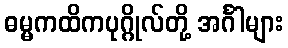
ဓမ္မကထိကပုဂ္ဂိုလ်တို့ အင်္ဂါများ